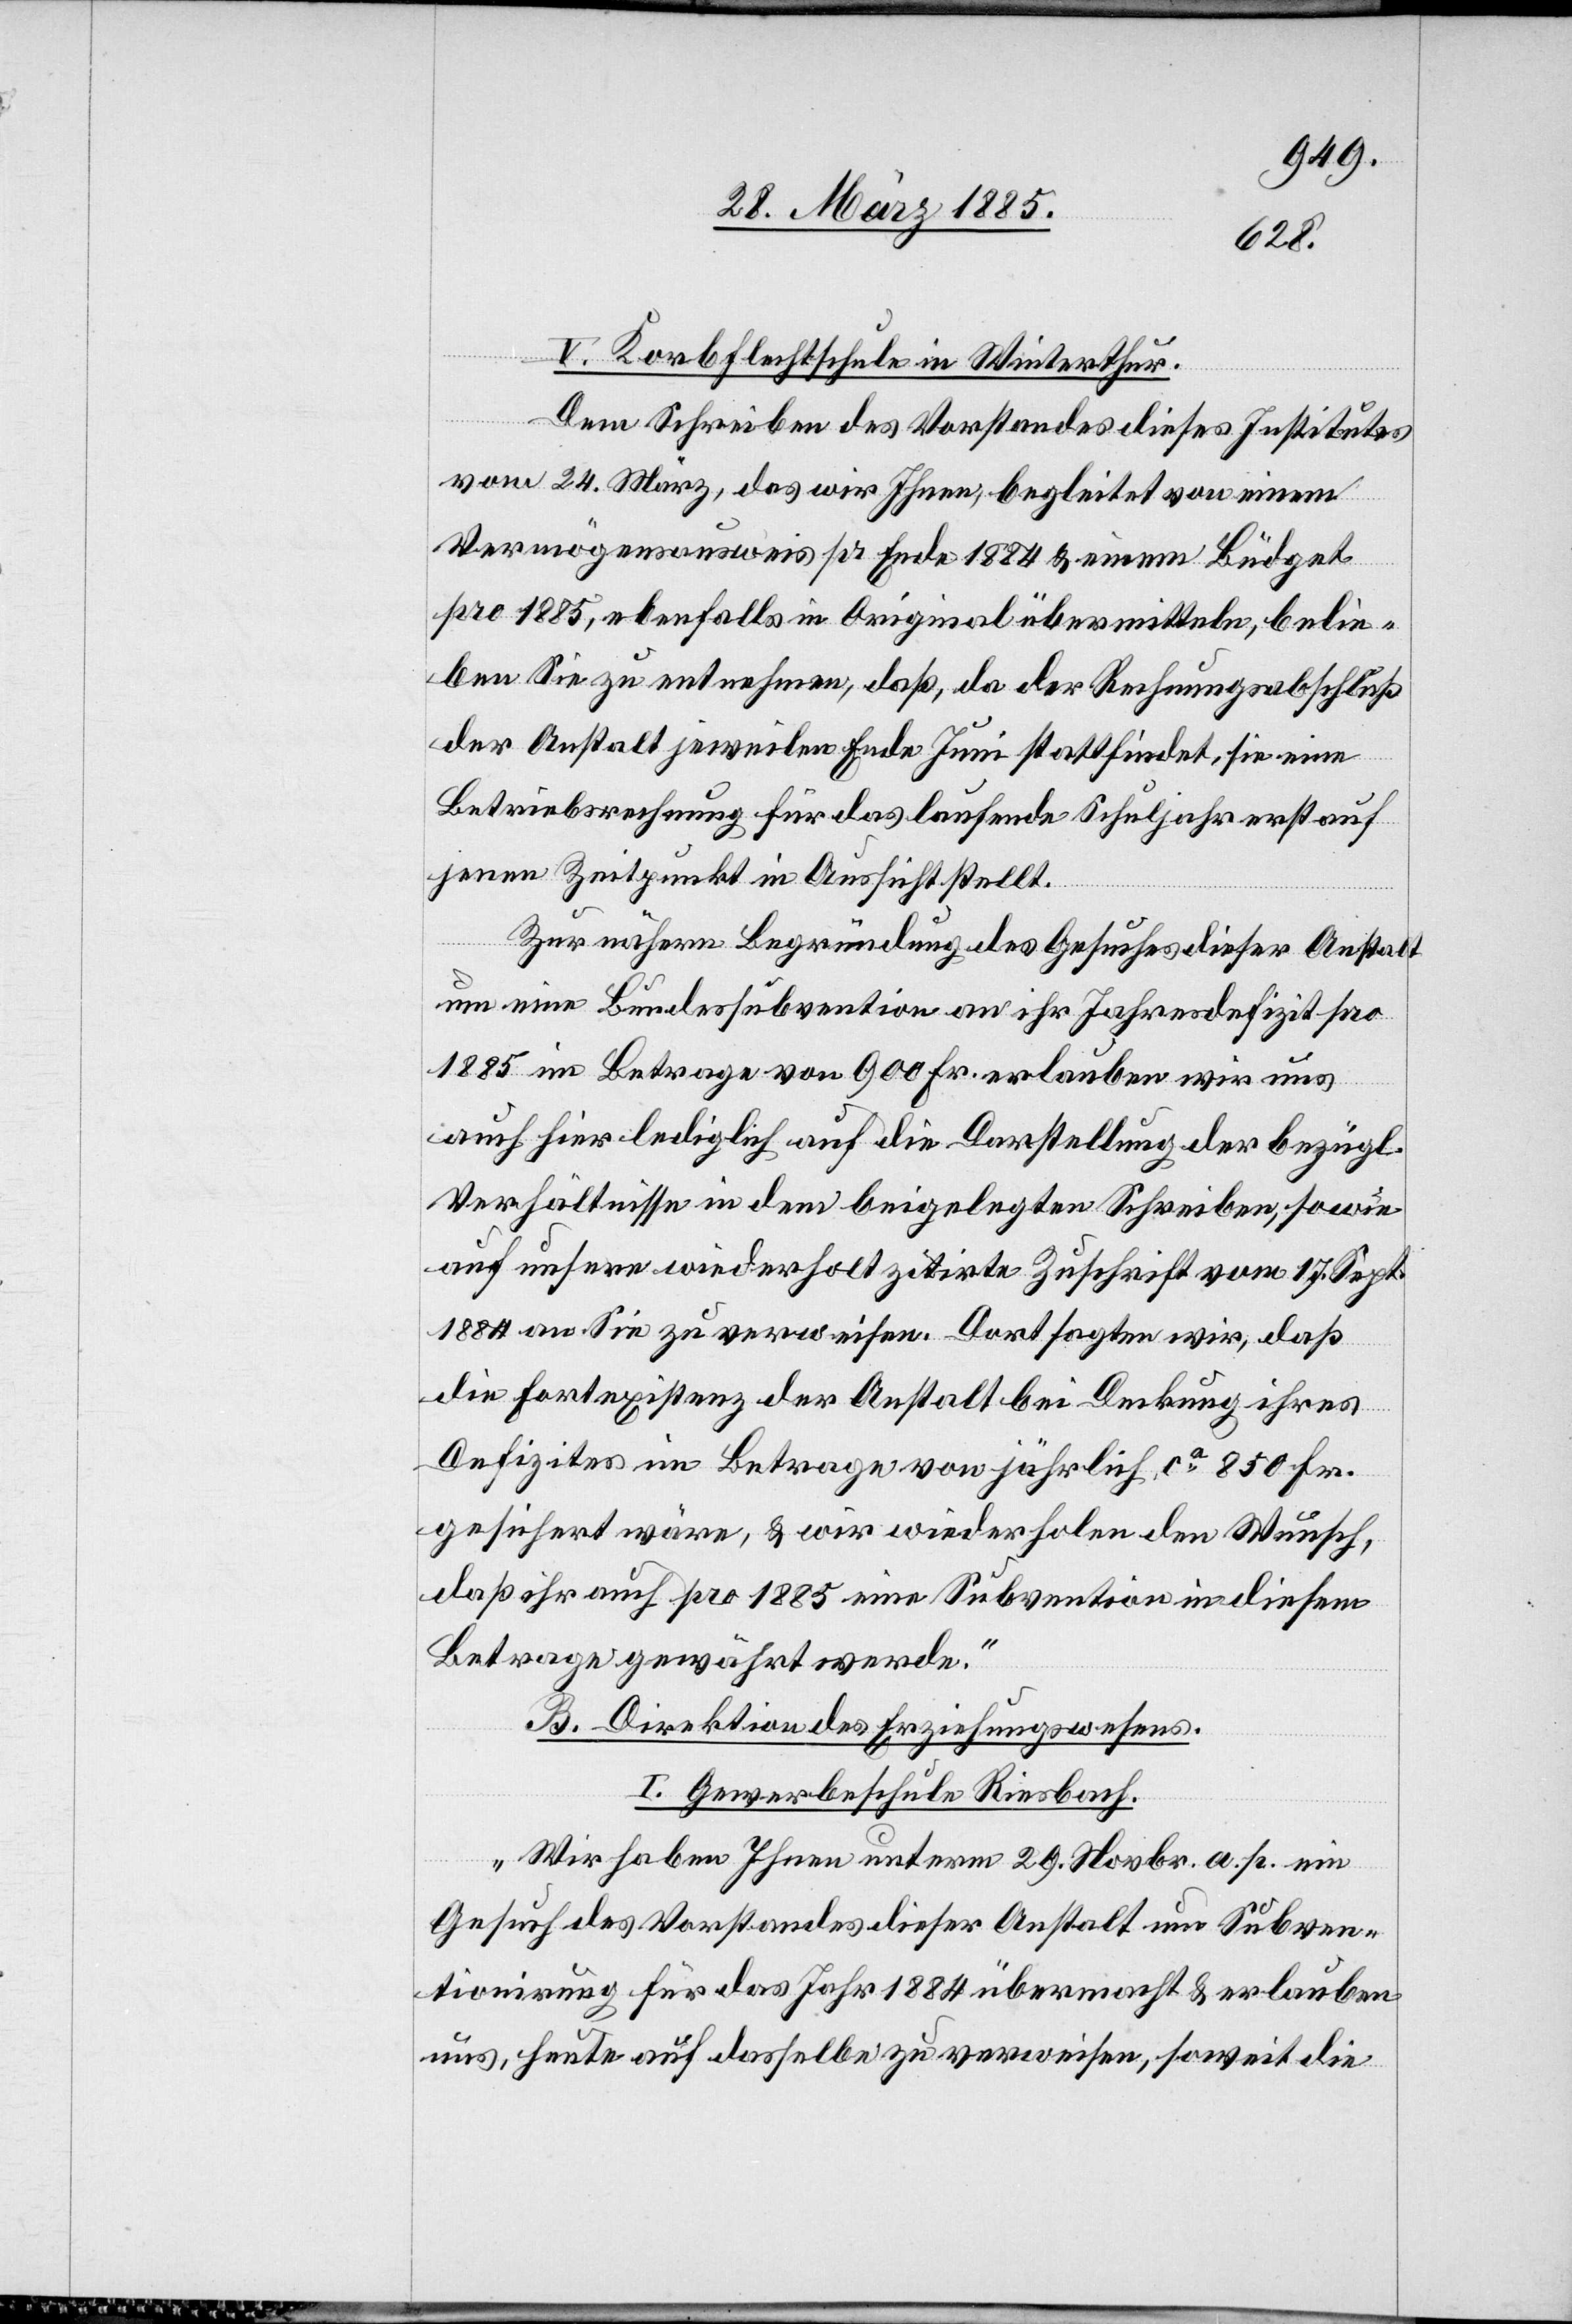
V. Korbflechtschule in Winterthur.
„Dem Schreiben des Vorstandes dieses Institutes
vom 24. März, das wir Ihnen, begleitet von einem
Vermögensausweis pr. Ende 1884 & einem Büdget
pro 1885, ebenfalls in Original übermitteln, belie¬
ben Sie zu entnehmen, daß, da der Rechnungsabschluß
der Anstalt jeweilen Ende Juni stattfindet, sie eine
Betriebsrechnung für das laufende Schuljahr erst auf
jenen Zeitpunkt in Aussicht stellt.
Zur nähern Begründung des Gesuches dieser Anstalt
um eine Büdgetsubvention an ihr Jahresdefizit pro
1885 im Betrage von 900 Fr. erlauben wir uns
auch hier lediglich auf die Darstellung der bezügl.
Verhältnisse in dem beigelegten Schreiben, sowie
auf unsere wiederholt zitirte Zuschrift vom 17. Sept.
1884 an Sie zu verweisen. Dort sagten wir, daß
die Fortexistenz der Anstalt bei Deckung ihres
Defizites im Betrage von jährlich ca 850 Fr.
gesichert wäre, & wir wiederholen den Wunsch,
daß ihr auch pro 1885 eine Subvention in diesem
Betrage gewährt werde.“
B. Direktion des Erziehungswesens.
I. Gewerbeschule Riesbach.
„Wir haben Ihnen unterm 29. Novbr. a. p. ein
Gesuch des Vorstandes dieser Anstalt um Subven¬
tionirung für das Jahr 1884 übermacht & erlauben
uns, heute auf dasselbe zu verweisen, soweit die